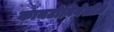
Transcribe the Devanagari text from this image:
कायटोनियेलीज़